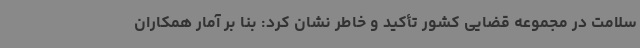
سلامت در مجموعه قضایی کشور تأکید و خاطر نشان کرد: بنا بر آمار همکاران